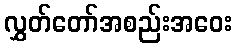
လွှတ်တော်အစည်းအဝေး